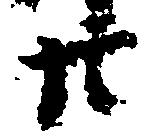
廿